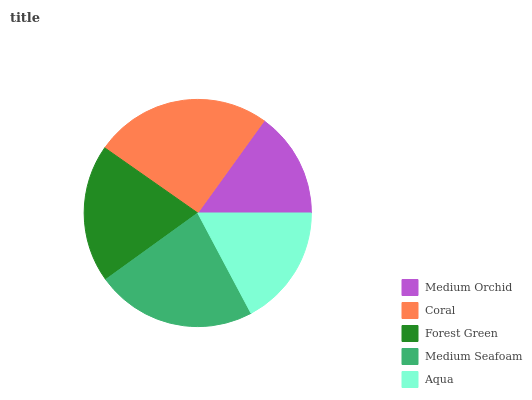
| Medium Orchid | Coral | Forest Green | Medium Seafoam | Aqua |
 | --- | --- | --- | --- | --- |
 | 15.1% | 25.2% | 19.8% | 22.8% | 17.2% |